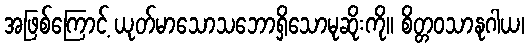
အဖြစ်ကြောင့် ယုတ်မာသောသဘောရှိသောမုဆိုးကို။ စိတ္တဝသာနုဂါယ၊